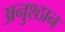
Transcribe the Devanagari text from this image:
अनुश्ठान